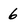
Character: 6